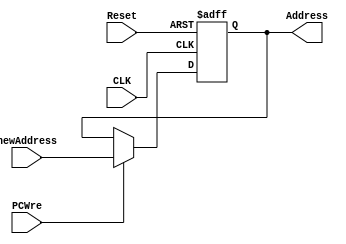
`timescale 1ns / 1ps
//////////////////////////////////////////////////////////////////////////////////
// Company: 
// Engineer: 
// 
// Design Name: 
// Module Name: PC
// Project Name: 
// Target Devices: 
// Tool Versions: 
// Description: 
// 
// Dependencies: 
// 
// Revision:
// Revision 0.01 - File Created
// Additional Comments:
// 
//////////////////////////////////////////////////////////////////////////////////


module PC(
    input CLK,
    input Reset,
    input PCWre,
    input [31:0] newAddress,
    output reg[31:0] Address
    );
    
    initial begin
        Address = 0;
    end
    
    always@(posedge CLK or negedge Reset) begin
        if(Reset == 0)
            Address <= 0;
        else if(PCWre) begin
            Address <= newAddress;
        end
    end
    
endmodule